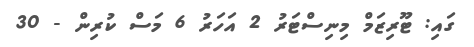
ގައި: ޓޫރިޒަމް މިނިސްޓަރު 2 އަހަރު 6 މަސް ކުރިން - 30